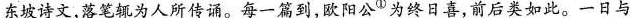
东坡诗文，落笔辄为人所传诵。每一篇到，欧阳公^{①}为终日喜，前后类如此。一日与